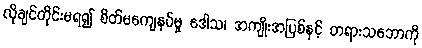
လိုချင်တိုင်းမရ၍ စိတ်မကျေနပ်မှု ဒေါသ၊ အကျိုးအပြစ်နှင့် တရားသဘောကို